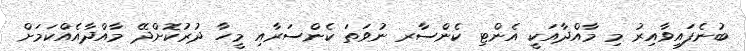
ބުނެފައިވާއިރު މި މާއްދާއަކީ އެންޓި ކެންސާރ ނުވަތަ ކެންސަރާއި މީހާ ދުރުކޮށްދޭ މާއްދާއެއްކަމަށް